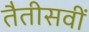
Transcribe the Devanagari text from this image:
तैतीसवीं